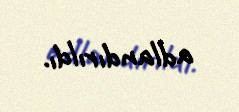
adlandırıldı.